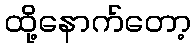
ထို့နောက်တော့